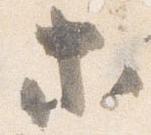
等